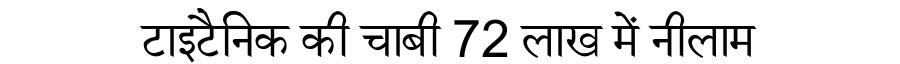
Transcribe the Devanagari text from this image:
टाइटैनिक की चाबी 72 लाख में नीलाम